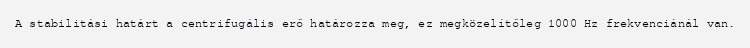
A stabilitási határt a centrifugális erő határozza meg, ez megközelítőleg 1000 Hz frekvenciánál van.